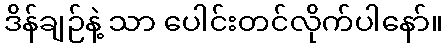
ဒိန်ချဉ်နဲ့ သာ ပေါင်းတင်လိုက်ပါနော်။